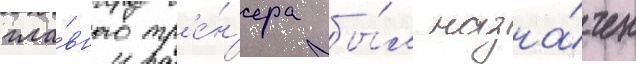
гла́вного тр'е́н'ера бы́л назна́чен